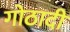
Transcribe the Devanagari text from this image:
गोठादी